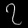
Digit: ၇